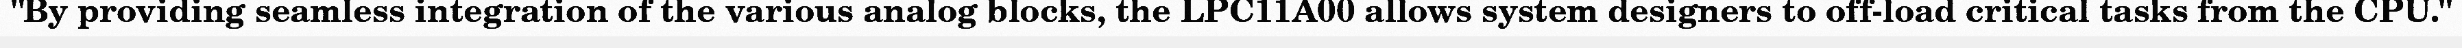
"By providing seamless integration of the various analog blocks, the LPC11A00 allows system designers to off-load critical tasks from the CPU."